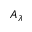
A _ { \lambda }